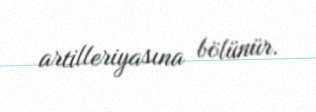
artilleriyasına bölünür.